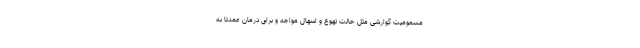
مسمومیت گوارشی مثل حالت تهوع و اسهال مواجه و برای درمان عمدتا به